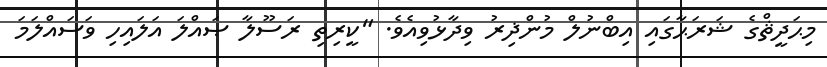
މިޙަދީޘްގެ ޝަރަޙާގައި އިބްނުލް މުންޛިރު ވިދާޅުވިއެވެ. "ކީރިތި ރަސޫލާ ޞައްލަ އަލައިހި ވަސައްލަމަ